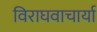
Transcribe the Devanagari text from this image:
विराघवाचार्या